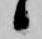
候